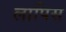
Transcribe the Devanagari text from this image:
लापिस